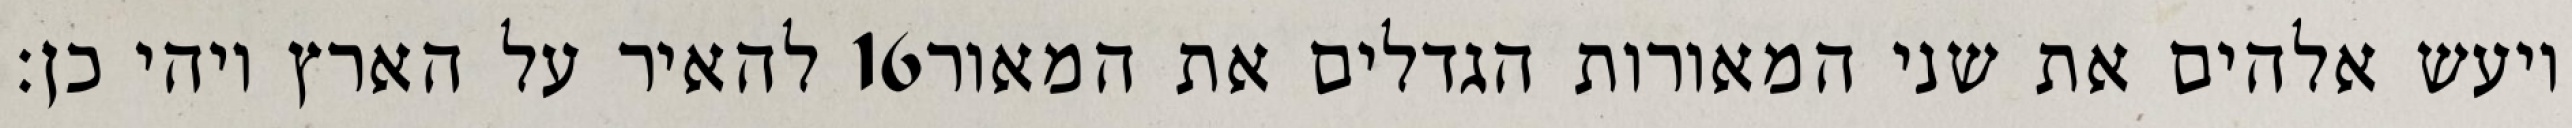
להאיר על הארץ ויהי כן׃ ‎16‏ ויעש אלהים את שני המאורות הגדלים את המאור